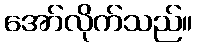
အော်လိုက်သည်။